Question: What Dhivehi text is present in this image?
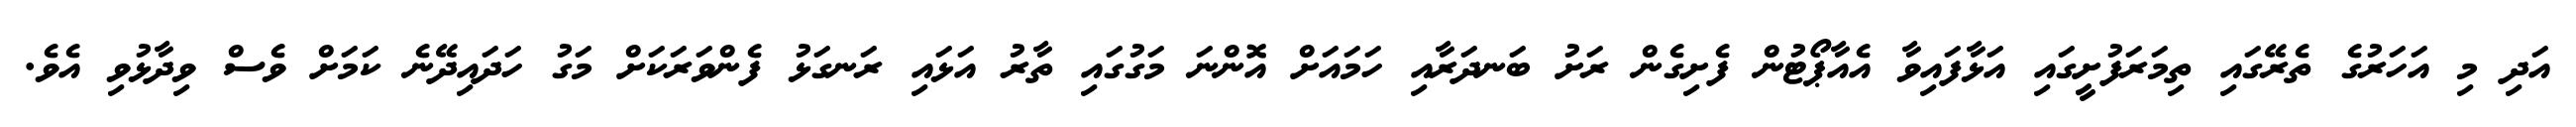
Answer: އަދި މި އަހަރުގެ ތެރޭގައި ތިމަރަފުށީގައި އަޅާފައިވާ އެއާޕޯޓުން ފެށިގެން ރަށު ބަނދަރާއި ހަމައަށް އޮންނަ މަގުގައި ތާރު އަޅައި ރަނގަޅު ފެންވަރަކަށް މަގު ހަދައިދޭނެ ކަމަށް ވެސް ވިދާޅުވި އެވެ.